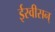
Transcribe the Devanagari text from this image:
ईस्वीसन्